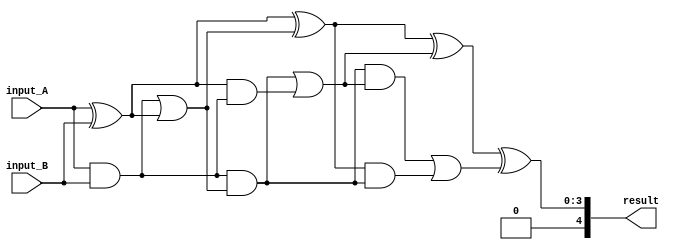
module BrentKungAdder #(parameter N = 4)(
    input [N-1:0] input_A,
    input [N-1:0] input_B,
    output [N:0] result
);

wire [N:0] P [0:N-1];
wire [N:0] G [0:N-1];
wire [N:0] C [0:N];

assign P[0] = input_A ^ input_B;
assign G[0] = input_A & input_B;
assign C[0] = {1'b0, G[0]} | {1'b0, P[0]};

genvar i;
generate
    for (i = 0; i < N-1; i = i + 1) begin
        assign P[i+1] = P[i] ^ C[i];
        assign G[i+1] = G[i] & C[i];
        assign C[i+1] = {C[i][N], (G[i] & C[i]) | (P[i] & G[i])};
    end
endgenerate

assign result = {C[N-1], P[N-1]};
endmodule